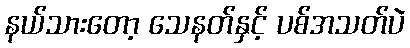
နယ်သားတော့ သေနတ်နှင့် ပစ်အသတ်ပဲ